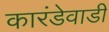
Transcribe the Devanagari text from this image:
कारंडेवाडी